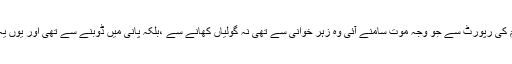
چار دن بعد راسپوٹین کی لاش دریائے نیوا سے مل گئی اور پوسٹمارٹم کی رپورٹ سے جو وجہ موت سامنے آئی وہ زہر خوانی سے تھی نہ گولیاں کھانے سے ،بلکہ پانی میں ڈوبنے سے تھی اور یوں یہ پر اسرار کردار مرتے مرتے بھی دینا کو حیران و پریشان چھوڑ گیا۔